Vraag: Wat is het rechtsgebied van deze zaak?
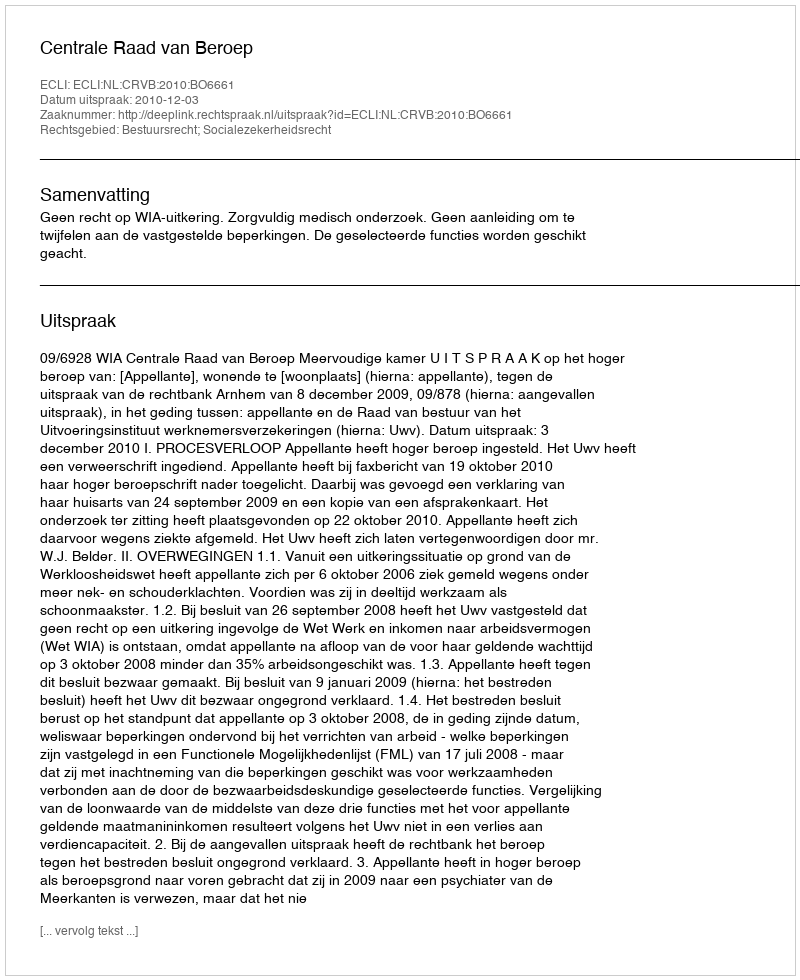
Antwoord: Bestuursrecht; Socialezekerheidsrecht